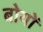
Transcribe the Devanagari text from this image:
बोयों